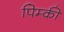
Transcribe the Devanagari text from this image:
पिम्की